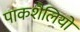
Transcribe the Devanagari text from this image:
पाकशैलियों